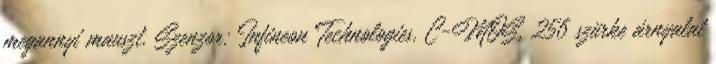
megannyi mauszt. Szenzor: Infineon Technologies, C-MOS, 256 szürke árnyalat